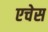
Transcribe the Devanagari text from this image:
एचेस